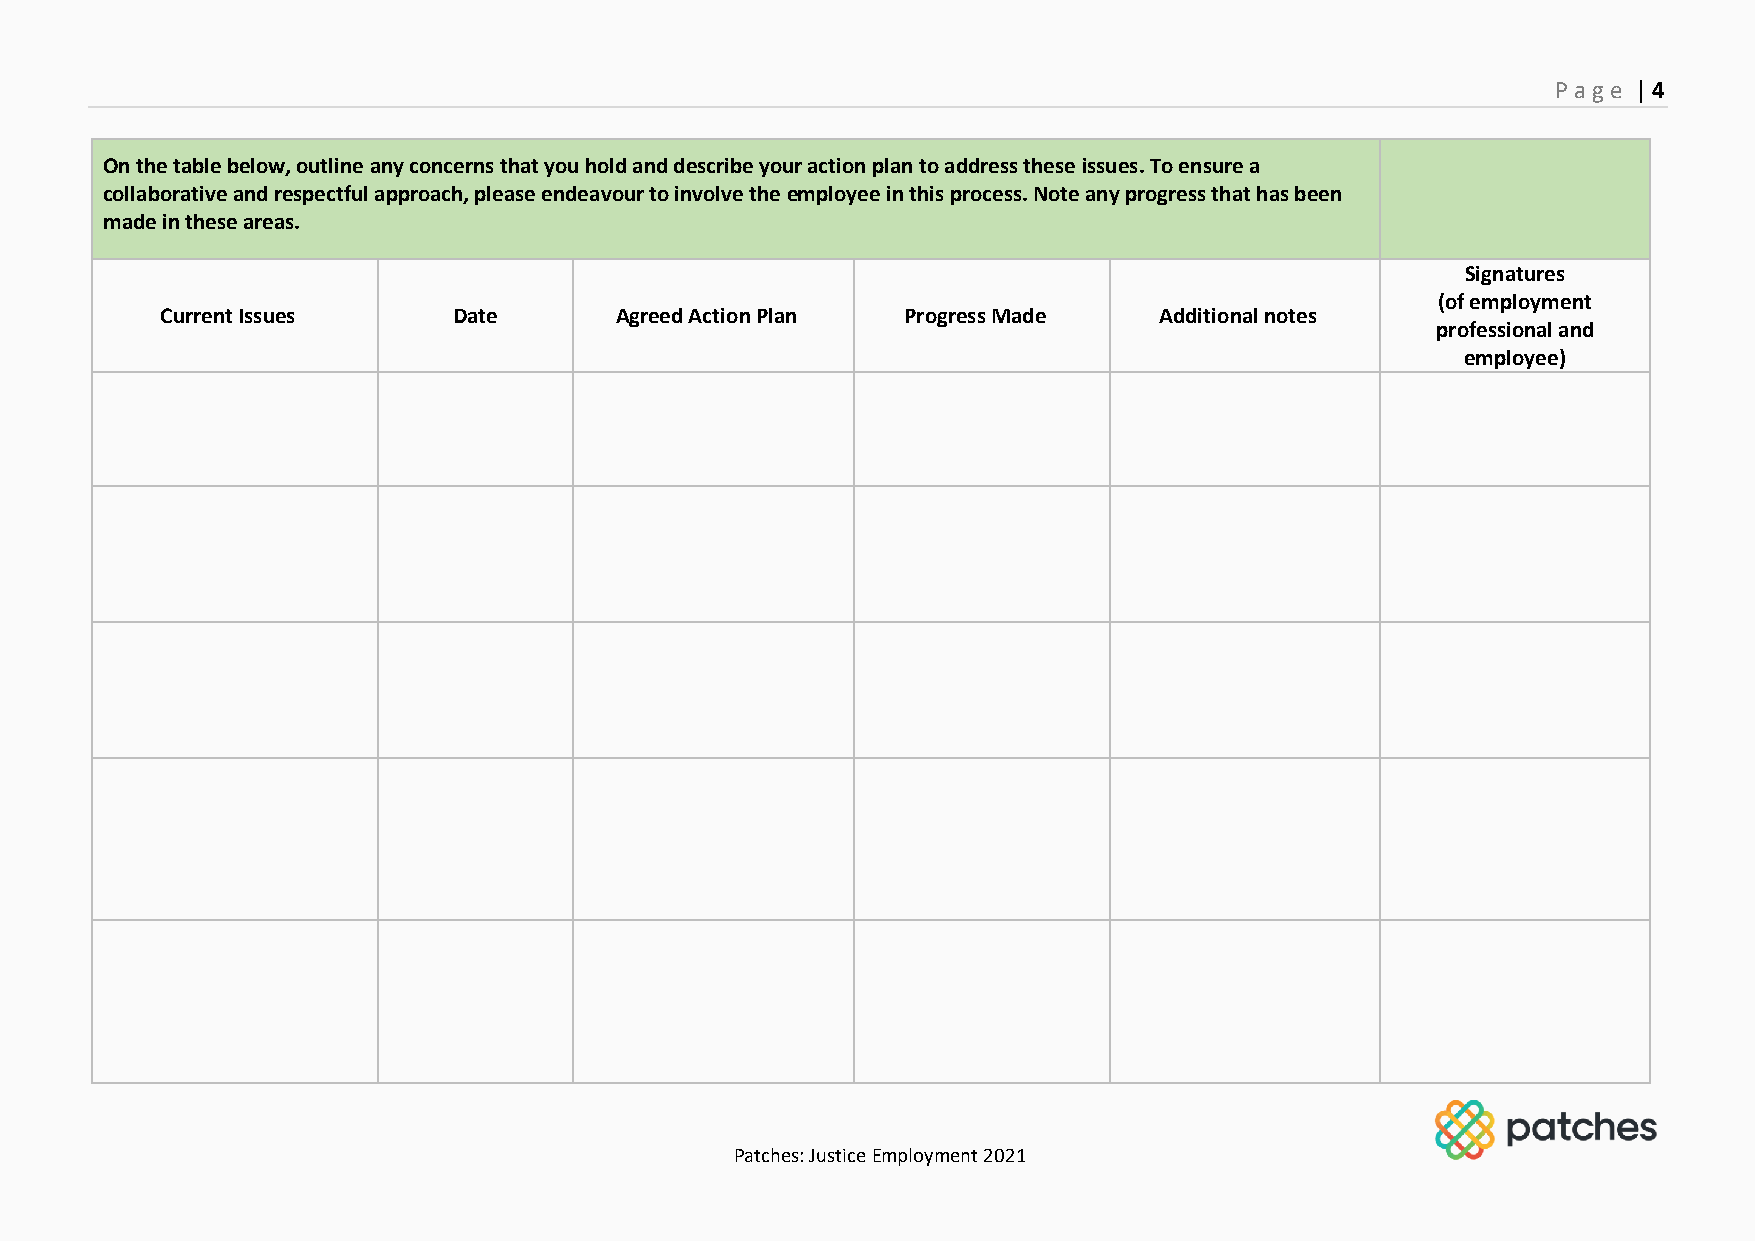
P age | 4
 On the table below, outline any concerns that you hold and describe your action plan to address these issues. To ensure a
 collaborative and respectful approach, please endeavour to involve the employee in this process. Note any progress that has been
 made in these areas.
 Signatures
 (of employment
 Current Issues     Date       Agreed Action Plan Progress Made    Additional notes
 professional and
 employee)
 Patches: Justice Employment 2021